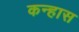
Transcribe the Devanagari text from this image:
कन्हास